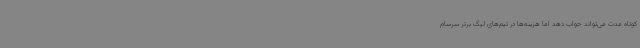
کوتاه مدت می‌تواند حواب دهد اما هزینه‌ها در تیم‌های لیگ برتر سرسام